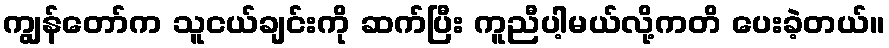
ကျွန်တော်က သူငယ်ချင်းကို ဆက်ပြီး ကူညီပါ့မယ်လို့ကတိ ပေးခဲ့တယ်။